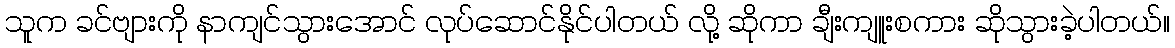
သူက ခင်ဗျားကို နာကျင်သွားအောင် လုပ်ဆောင်နိုင်ပါတယ် လို့ ဆိုကာ ချီးကျူးစကား ဆိုသွားခဲ့ပါတယ်။